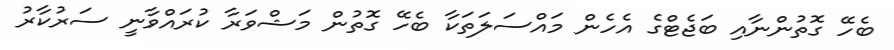
ބެހޭ ގޮތުންނާއި ބަޖެޓްގެ އެހެން މައްސަލަތަކާ ބެހޭ ގޮތުން މަޝްވަރާ ކުރައްވާނީ ސަރުކާރު